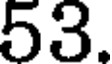
53.